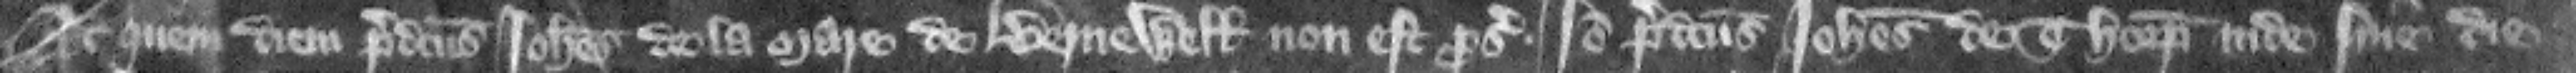
Ad quem diem predicts Iohannes de la Mare de Bernewell non est prosecutus. Ideo predictus Iohannes de Thorp inde sine die.